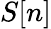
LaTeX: S[n]